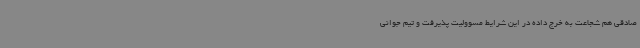
صادقی هم شجاعت به خرج داده در این شرایط مسوولیت پذیرفت و تیم جوانی